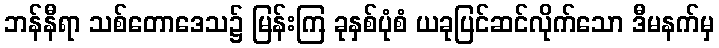
ဘန်နီရာ သစ်တောဒေသ၌ မြန်းကြ ခုနှစ်ပုံစံ ယခုပြင်ဆင်လိုက်သော ဒီမနက်မှ